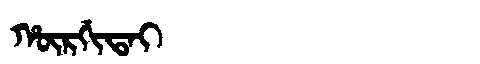
Manchu: ᡥᡡᡵᡤᡳᡨᠠᡳ
Romanization: HŪRGITAI